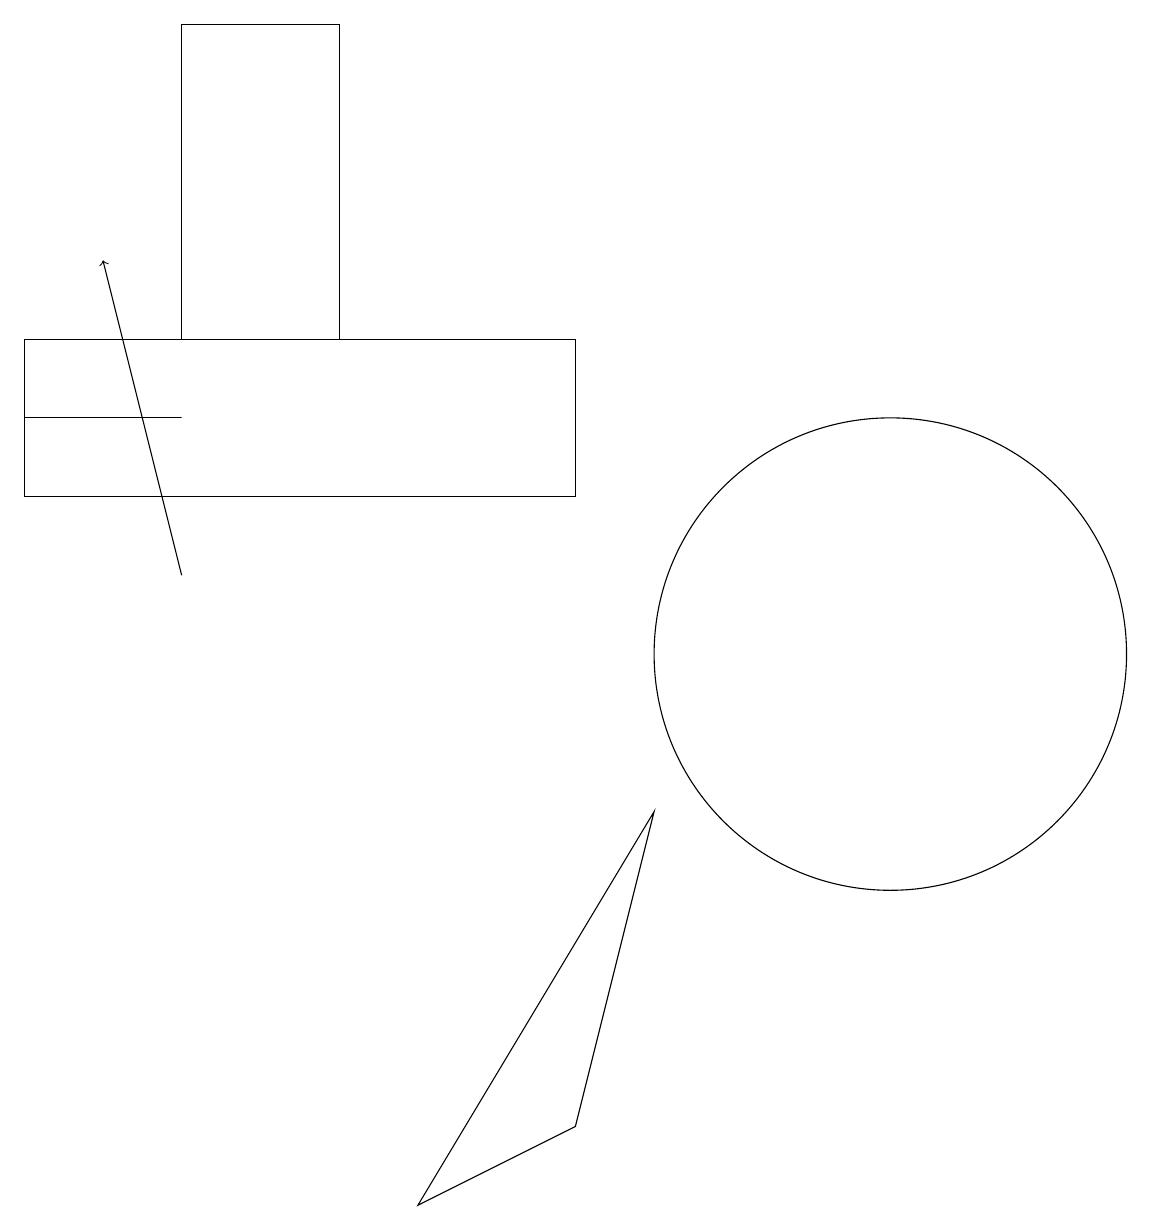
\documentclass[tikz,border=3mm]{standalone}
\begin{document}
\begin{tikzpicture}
\draw (12,10) circle (3);
\draw (3,13) rectangle (1,13);
\draw[->] (3,11) -- (2,15);
\draw (1,12) rectangle (8,14);
\draw (6,3) -- (9,8) -- (8,4) -- cycle;
\draw (3,14) rectangle (5,18);
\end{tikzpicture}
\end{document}